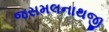
જસમલનાથજી